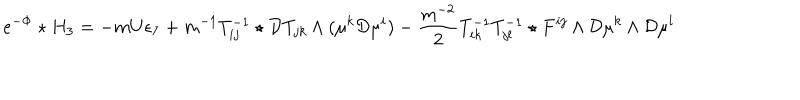
LaTeX: e ^ { - \Phi } \star H _ { 3 } = - m U \epsilon _ { 7 } + m ^ { - 1 } T _ { i j } ^ { - 1 } \star { \cal D } T _ { j k } \wedge ( \mu ^ { k } { \cal D } \mu ^ { i } ) - { \frac { m ^ { - 2 } } { 2 } } T _ { i k } ^ { - 1 } T _ { j l } ^ { - 1 } \star F ^ { i j } \wedge { \cal D } \mu ^ { k } \wedge { \cal D } \mu ^ { l }